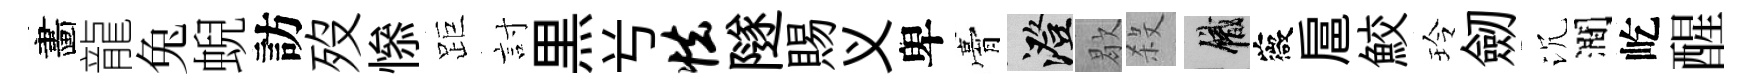
畵龍兔蜺訪歿𢡖距討黒𠔃怯隧賜义卑膏澄歇殺識薇扈鮫玲劒沉澗屹醒